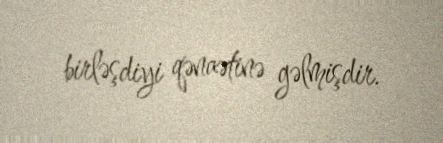
birləşdiyi qənaətinə gəlmişdir.